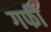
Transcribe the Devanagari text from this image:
गफी